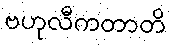
ဗဟုလီကတာတိ